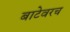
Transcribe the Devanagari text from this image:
बाटेवरच